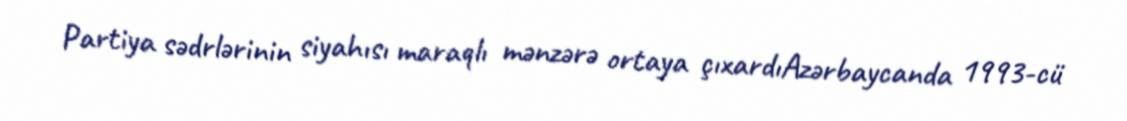
Partiya sədrlərinin siyahısı maraqlı mənzərə ortaya çıxardıAzərbaycanda 1993-cü